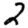
Digit: 2